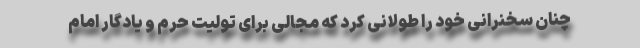
چنان سخنرانی خود را طولانی كرد که مجالی برای تولیت حرم و یادگار امام